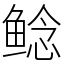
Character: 鲶